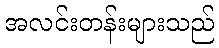
အလင်းတန်းများသည်